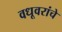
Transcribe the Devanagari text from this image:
वधूवरांचे